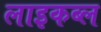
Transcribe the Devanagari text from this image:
लाइकब्ल